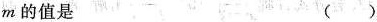
m的值是（）